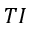
T I